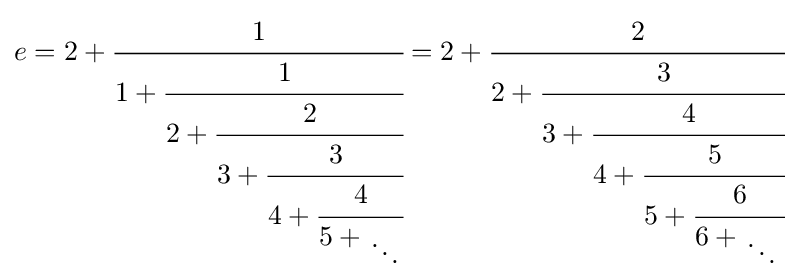
e=2+{\cfrac {1}{1+{\cfrac {1}{2+{\cfrac {2}{3+{\cfrac {3}{4+{\cfrac {4}{5+{{} \atop \ddots }}}}}}}}}}}=2+{\cfrac {2}{2+{\cfrac {3}{3+{\cfrac {4}{4+{\cfrac {5}{5+{\cfrac {6}{6+{{} \atop \ddots }\,}}}}}}}}}}